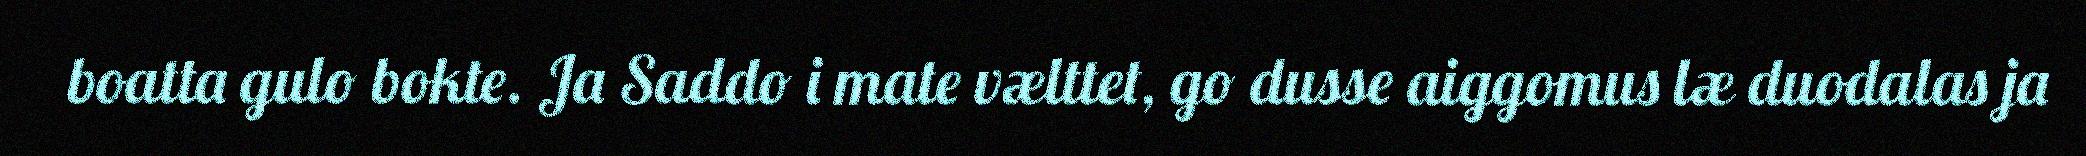
boatta gulo bokte. Ja Saddo i mate vælttet, go dusse aiggomus læ duodalas ja